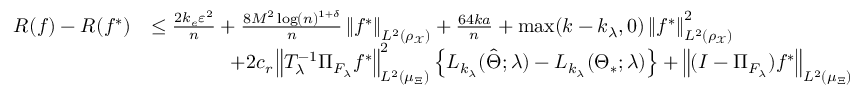
\begin{array} { r l } { { \cal R } ( f ) - { \cal R } ( f ^ { * } ) } & { \leq \frac { 2 k _ { e } \varepsilon ^ { 2 } } { n } + \frac { 8 M ^ { 2 } \log ( n ) ^ { 1 + \delta } } { n } \left\| f ^ { * } \right\| _ { L ^ { 2 } ( \rho _ { \mathcal { X } } ) } + \frac { 6 4 k a } { n } + \operatorname* { m a x } ( k - k _ { \lambda } , 0 ) \left\| f ^ { * } \right\| _ { L ^ { 2 } ( \rho _ { \mathcal { X } } ) } ^ { 2 } } \\ & { \qquad \qquad + 2 c _ { r } \left\| T _ { \lambda } ^ { - 1 } \Pi _ { { \cal F } _ { \lambda } } f ^ { * } \right\| _ { L ^ { 2 } ( \mu _ { \Xi } ) } ^ { 2 } \left\{ { \cal L } _ { k _ { \lambda } } ( \hat { \Theta } ; \lambda ) - { \cal L } _ { k _ { \lambda } } ( \Theta _ { * } ; \lambda ) \right\} + \left\| ( I - \Pi _ { { \cal F } _ { \lambda } } ) f ^ { * } \right\| _ { L ^ { 2 } ( \mu _ { \Xi } ) } } \end{array}